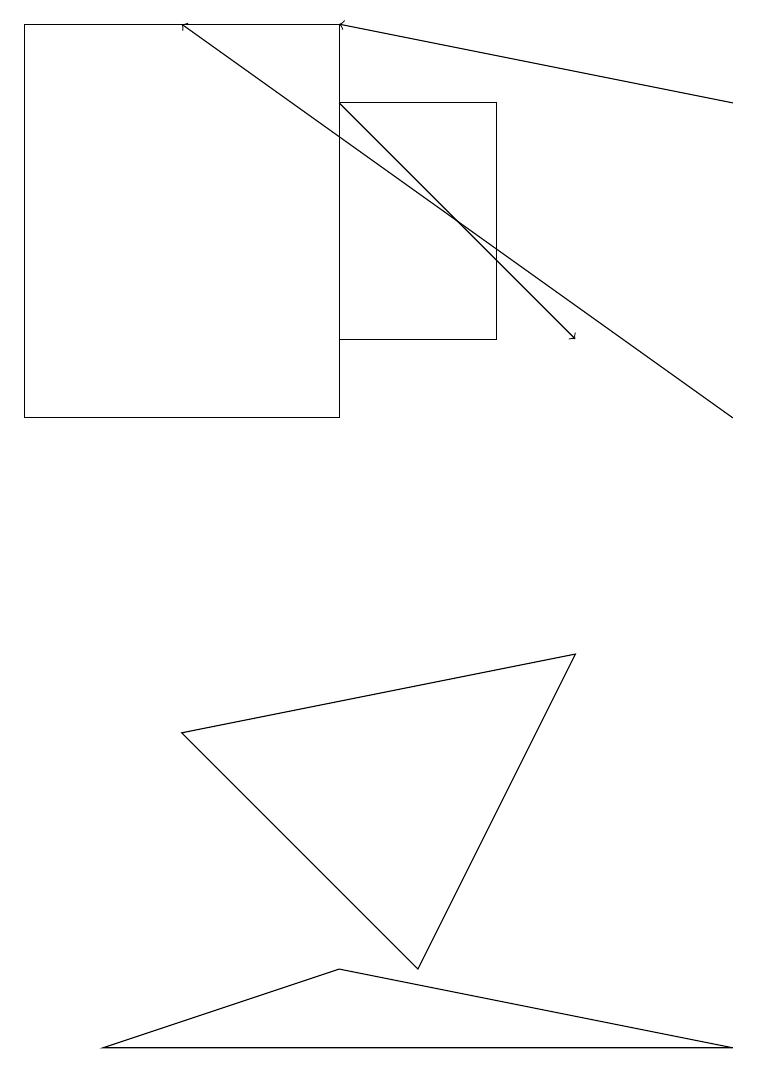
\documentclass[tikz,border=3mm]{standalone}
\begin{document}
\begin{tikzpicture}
\draw (4,13) rectangle (6,16);
\draw (1,4) -- (4,5) -- (9,4) -- cycle;
\draw (2,8) -- (5,5) -- (7,9) -- cycle;
\draw (0,12) rectangle (4,17);
\draw[->] (9,16) -- (4,17);
\draw[->] (9,12) -- (2,17);
\draw[->] (4,16) -- (7,13);
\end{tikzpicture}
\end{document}